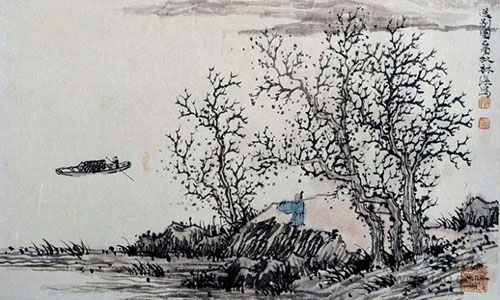
老来情味减，对别酒，怯流年。